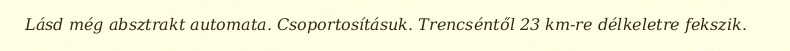
Lásd még absztrakt automata. Csoportosításuk. Trencséntől 23 km-re délkeletre fekszik.